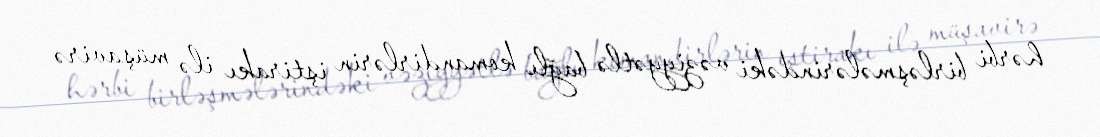
hərbi birləşmələrindəki vəziyyətlə bağlı komandirlərin iştirakı ilə müşavirə